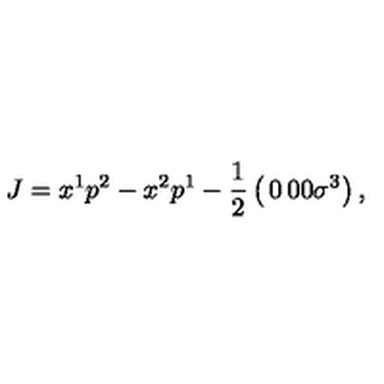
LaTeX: J = x ^ { 1 } p ^ { 2 } - x ^ { 2 } p ^ { 1 } - { \frac { 1 } { 2 } } \left( \begin{matrix} { 0 } & { 0 } \\ { 0 } & { \sigma ^ { 3 } } \\ \end{matrix} \right) ,